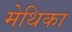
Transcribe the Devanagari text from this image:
मेथिका